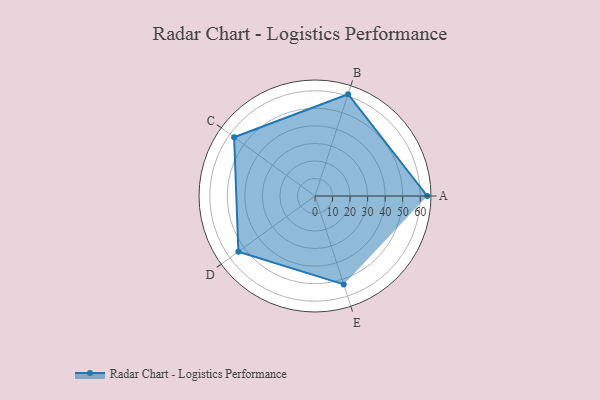
{"axis": {"x": "Skill", "y": "Score"}, "legend": ["Profile"], "data": [{"x": "A", "y": 64.0, "type": "Profile"}, {"x": "B", "y": 61.0, "type": "Profile"}, {"x": "C", "y": 57.0, "type": "Profile"}, {"x": "D", "y": 54.0, "type": "Profile"}, {"x": "E", "y": 53.0, "type": "Profile"}]}